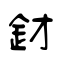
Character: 釮